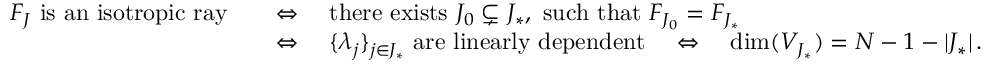
\begin{array} { r l } { F _ { J } \mathrm { ~ i s ~ a n ~ i s o t r o p i c ~ r a y } \quad } & { \Leftrightarrow \quad \mathrm { t h e r e ~ e x i s t s } ~ J _ { 0 } \subsetneq J _ { * } , ~ \mathrm { s u c h ~ t h a t } ~ F _ { J _ { 0 } } = F _ { J _ { * } } } \\ & { \Leftrightarrow \quad \{ \lambda _ { j } \} _ { j \in J _ { * } } \mathrm { ~ a r e ~ l i n e a r l y ~ d e p e n d e n t } \quad \Leftrightarrow \quad \dim ( V _ { J _ { * } } ) = N - 1 - | J _ { * } | \, . } \end{array}